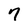
Character: 7